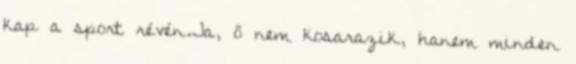
kap a sport révén.Ja, ő nem kosarazik, hanem minden